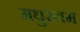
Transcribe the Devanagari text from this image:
मधुरतम